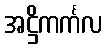
အဋ္ဌိကင်္ကလ